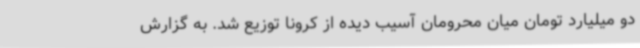
دو میلیارد تومان میان محرومان آسیب دیده از کرونا توزیع شد. به گزارش